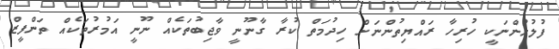
ފުލުހުންނަކީ ހުރިހާ ރައްޔިތުންނަށް ހިދުމަތް ކުރާ ގާނޫނީ ވާޖިބުތަކެއް ނޫނީ އަމުރުތަކެއް ތަންފީޒް